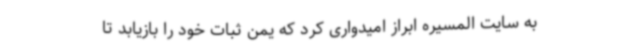
به سایت المسیره ابراز امیدواری کرد که یمن ثبات خود را بازیابد تا